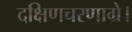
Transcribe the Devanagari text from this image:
दक्षिणचरणाग्रे।